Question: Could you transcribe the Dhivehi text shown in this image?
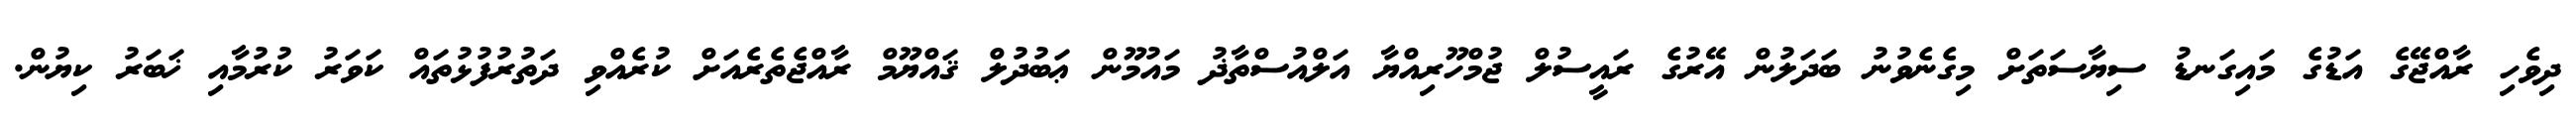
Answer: ދިވެހި ރާއްޖޭގެ އަޑުގެ މައިގަނޑު ސިޔާސަތަށް މިގެނެވުނު ބަދަލުން އޭރުގެ ރައީސުލް ޖުމްހޫރިއްޔާ އަލްއުސްތާޛު މައުމޫން ޢަބުދުލް ޤައްޔޫމް ރާއްޖެތެރެއަށް ކުރެއްވި ދަތުރުފުޅުތައް ކަވަރު ކުރުމާއި ޚަބަރު ކިޔުން.